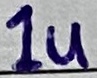
Text: 1u